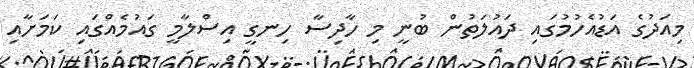
މިއަދުގެ އަޑުއެހުމުގައި ދައުލަތުން ބުނީ މި ހާދިސާ ހިނގީ އިސްލާމީ ގައުމެއްގައި ކަމަށާއި